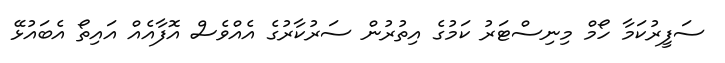
ސަފީރުކަމާ ހޯމް މިނިސްޓަރު ކަމުގެ އިތުރުން ސަރުކާރުގެ އެއްވެސް އޮފާއެއް އައިތޯ އެބައުޅޭ